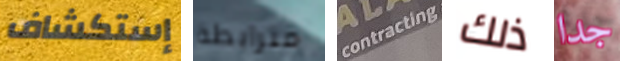
إستكشاف مترابطة contracting ذلك جدا